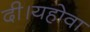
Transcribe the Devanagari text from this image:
दी।यहोवा